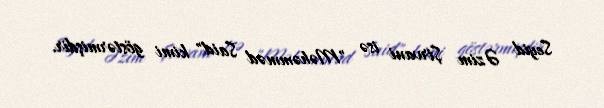
Seyid Əzim Şirvani isə "Məhəmməd Said" kimi göstərmişdir.